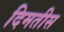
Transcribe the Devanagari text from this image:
दिमतीस